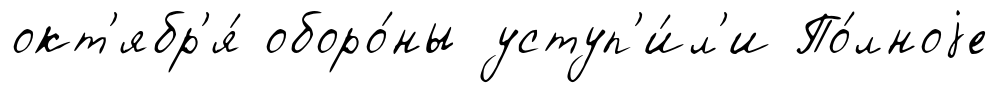
окт'ябр'я́ оборо́ны уступ'и́л'и По́лноjе